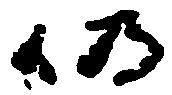
仍